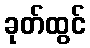
ခုတ်ထွင်